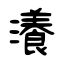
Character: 瀁